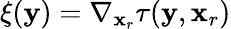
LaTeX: \mathbf{\xi}(\mathbf{y})=\nabla_{\mathbf{x}_{r}}\tau(\mathbf{y},\mathbf{x}_{r})